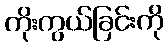
ကိုးကွယ်ခြင်းကို